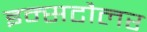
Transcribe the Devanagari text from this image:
इन्सटौलर